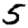
Digit: 5